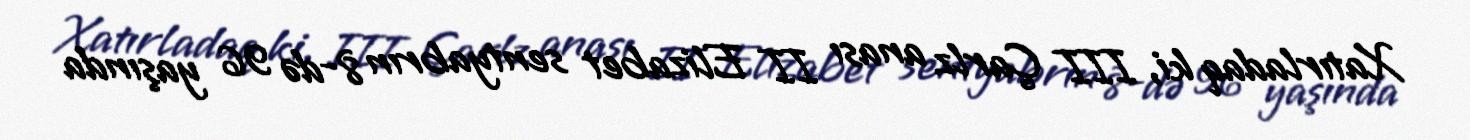
Xatırladaq ki, III Çarlz anası II Elizabet sentyabrın 8-də 96 yaşında